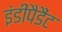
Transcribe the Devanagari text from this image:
इंडीपैडैंट